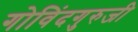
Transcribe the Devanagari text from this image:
गोविंदगुरुजी